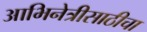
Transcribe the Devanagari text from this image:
आभिनेत्रीसाठीचा